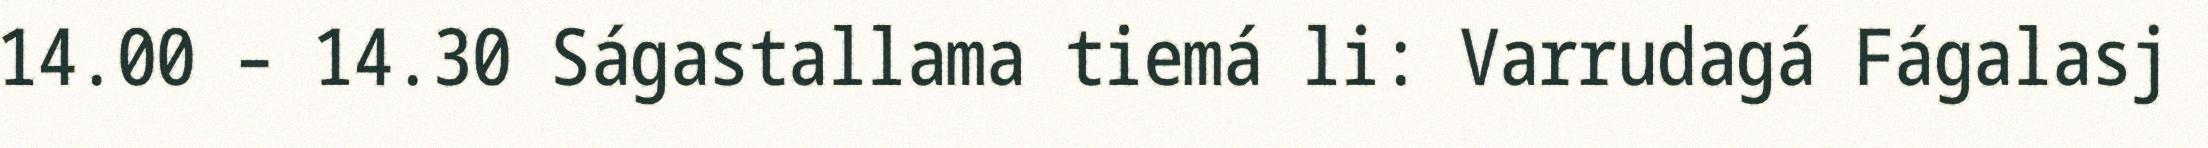
14.00 – 14.30 Ságastallama tiemá li: Varrudagá Fágalasj